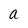
Character: a